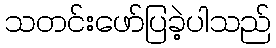
သတင်းဖော်ပြခဲ့ပါသည်